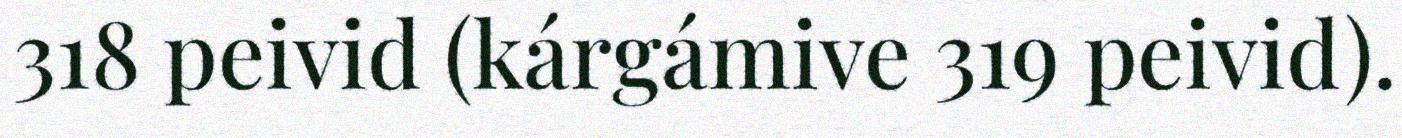
318 peivid (kárgámive 319 peivid).